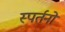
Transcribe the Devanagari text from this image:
स्पर्तनों